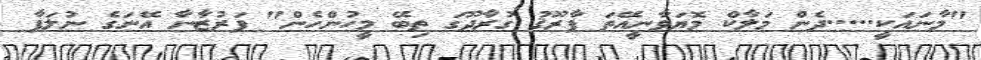
"މާނައަކީ.....ދެން މަލާކް މޮޔަވާނީއޭތަ ފާރޫޤު ގުރާދޫގަ ތިބޭ މީހުންހެން" ފަރުޒާނާ އޭނަގެ ނުލަފާ